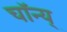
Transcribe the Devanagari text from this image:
चॉन्य्